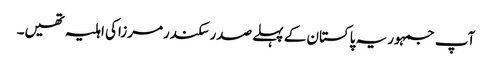
آپ جمہوریہ پاکستان کے پہلے صدرسکندرمرزاکی اہلیہ تھیں۔